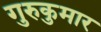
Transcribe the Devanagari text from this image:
गुरुकुमार